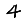
Digit: 4